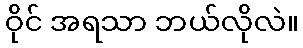
ဝိုင် အရသာ ဘယ်လိုလဲ။